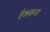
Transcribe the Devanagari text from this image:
ईतक्या